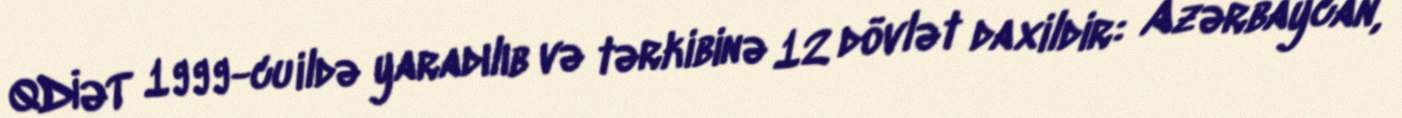
QDİƏT 1999-cu ildə yaradılıb və tərkibinə 12 dövlət daxildir: Azərbaycan,